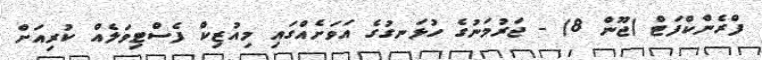
ފްރެންކްފަޓް (ޖޫން 8) - ޖަރުމަނުގެ ހުޅަނގުގެ އަވަށެއްގައި މިއުޒިކް ފެސްޓިވަލެއް ކުރިއަށް